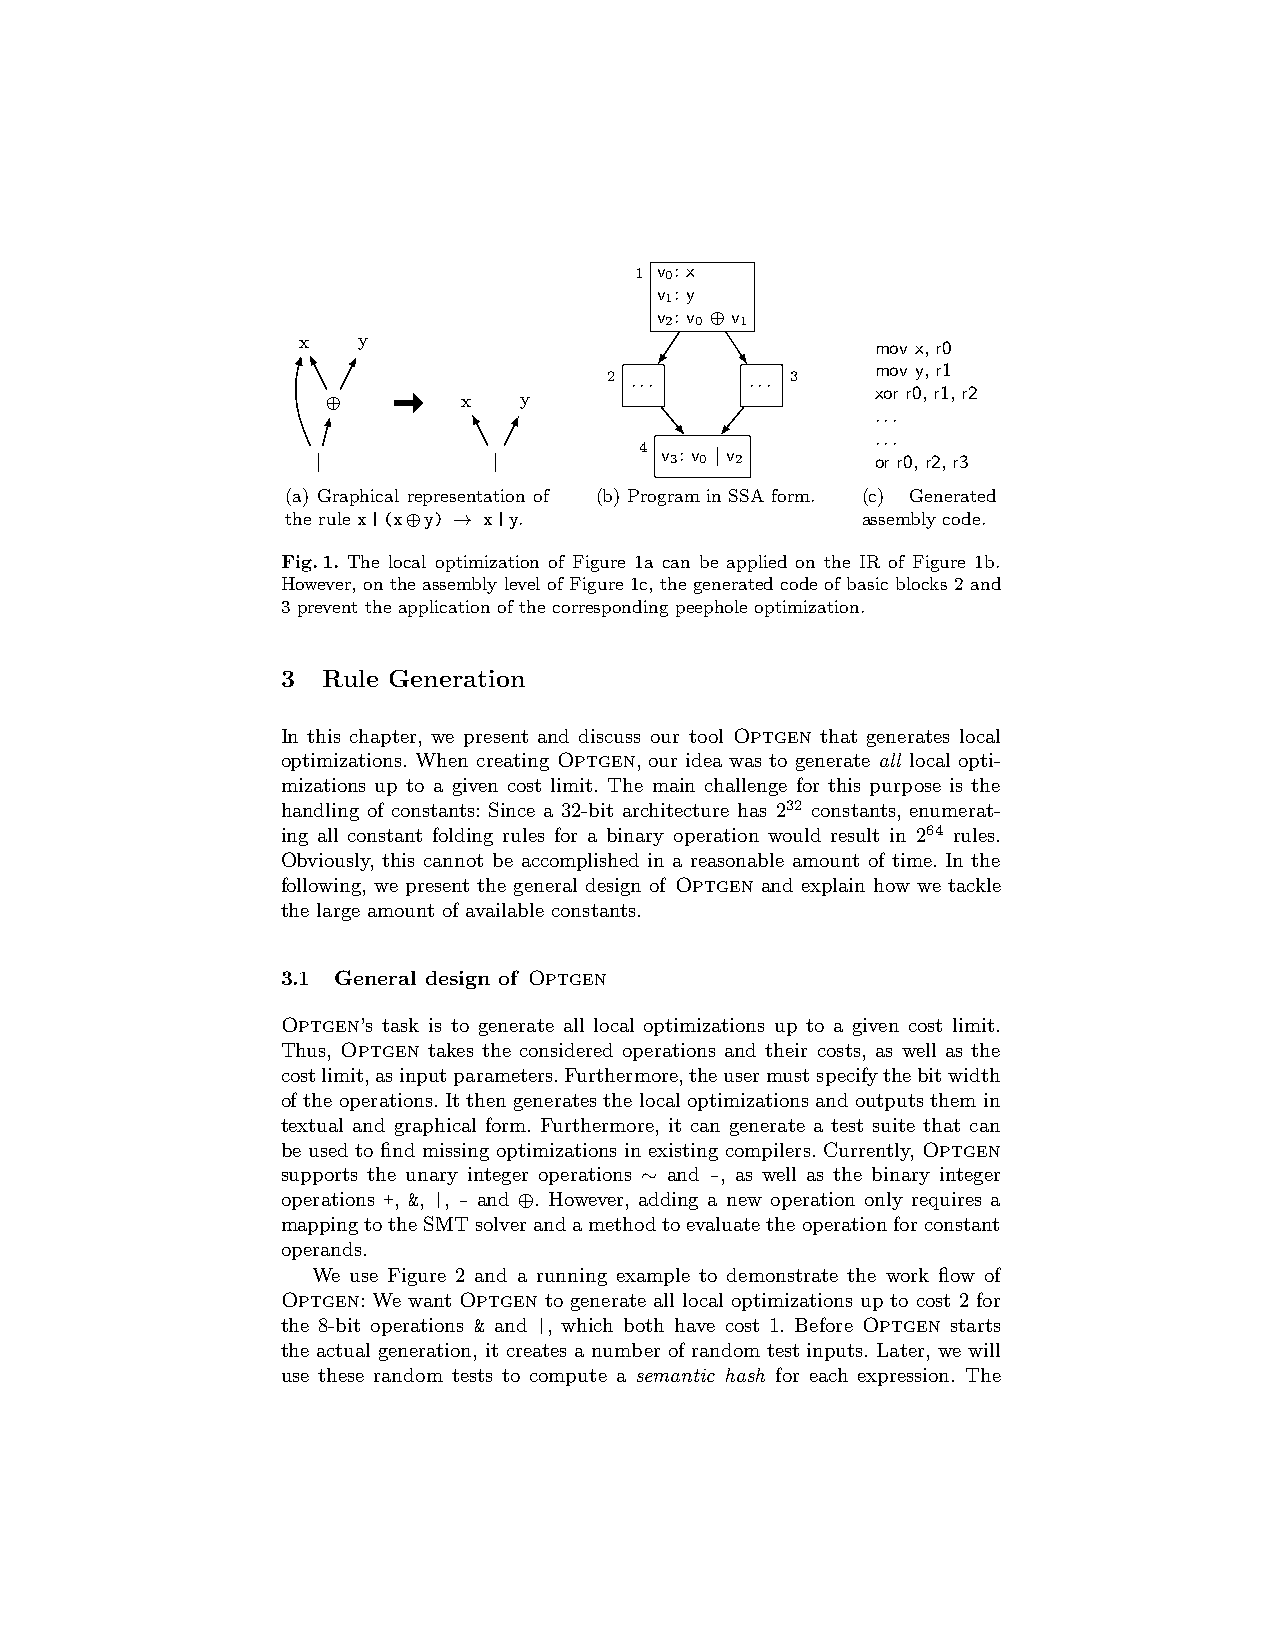
1 v 0: x
 v : y
 1
 v : v ⊕ v
 2 0  1
 x   y                                 mov x, r0
 mov y, r1
 2 ...     ... 3
 ⊕        x  y                       xor r0, r1, r2
 ...
 ...
 4
 |           |          v 3: v 0 | v 2 or r0, r2, r3
 (a) Graphical representation of (b) Program in SSA form. (c) Generated
 the rule x|(x⊕y) → x|y.               assembly code.
 Fig.1. The local optimization of Figure 1a can be applied on the IR of Figure 1b.
 However, on the assembly level of Figure 1c, the generated code of basic blocks 2 and
 3 prevent the application of the corresponding peephole optimization.
 3 Rule Generation
 In this chapter, we present and discuss our tool Optgen that generates local
 optimizations. When creating Optgen, our idea was to generate all local opti-
 mizations up to a given cost limit. The main challenge for this purpose is the
 handling of constants: Since a 32-bit architecture has 232 constants, enumerat-
 ing all constant folding rules for a binary operation would result in 264 rules.
 Obviously, this cannot be accomplished in a reasonable amount of time. In the
 following, we present the general design of Optgen and explain how we tackle
 the large amount of available constants.
 3.1 General design of Optgen
 Optgen’s task is to generate all local optimizations up to a given cost limit.
 Thus, Optgen takes the considered operations and their costs, as well as the
 costlimit,asinputparameters.Furthermore,theusermustspecifythebitwidth
 of the operations. It then generates the local optimizations and outputs them in
 textual and graphical form. Furthermore, it can generate a test suite that can
 be used to find missing optimizations in existing compilers. Currently, Optgen
 supports the unary integer operations ∼ and -, as well as the binary integer
 operations +, &, |, - and ⊕. However, adding a new operation only requires a
 mappingtotheSMTsolverandamethodtoevaluatetheoperationforconstant
 operands.
 We use Figure 2 and a running example to demonstrate the work flow of
 Optgen: We want Optgen to generate all local optimizations up to cost 2 for
 the 8-bit operations & and |, which both have cost 1. Before Optgen starts
 the actual generation, it creates a number of random test inputs. Later, we will
 use these random tests to compute a semantic hash for each expression. The